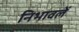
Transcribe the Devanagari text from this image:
निभावलें